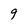
Character: 9